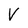
Character: V